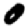
Digit: 0